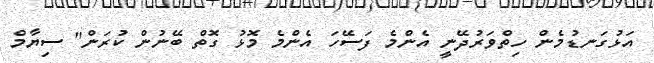
އަޅުގަނޑުމެން ހިތްވަރުދޭނީ އެންމެ ފަސޭހަ އެންމެ މޮޅު ގޮތް ބޭނުން ކުރަން" ސިޔާމް